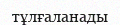
тұлғаланады